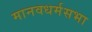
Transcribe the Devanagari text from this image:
मानवधर्मसभा